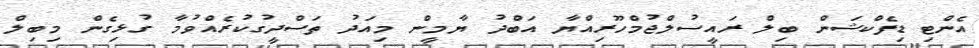
އެންޓި ޑިފެކްޝަން ބިލް ރައީސުލްޖުމްހޫރިއްޔާ އަބްދު ޔާމީން މިއަދު ތަސްދީގުކުރެއްވުމާ ގުޅިގެން މިބިލް